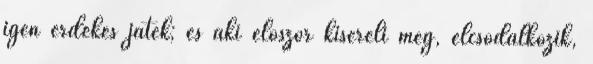
igen érdekes játék; és aki először kíséreli meg, elcsodálkozik,